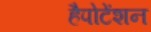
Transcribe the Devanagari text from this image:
हैपोटेंशन